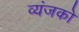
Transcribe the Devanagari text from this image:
व्यंजको